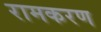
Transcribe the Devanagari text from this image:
रामकरण